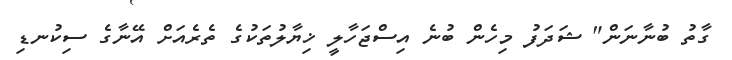
ގާތު ބުނާނަން" ޝަދަފު މިހެން ބުނެ އިސްޖަހާލީ ޚިޔާލުތަކުގެ ތެރެއަށް އޭނާގެ ސިކުނޑި